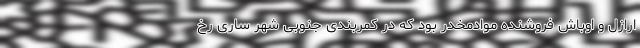
ارازل و اوباش فروشنده موادمخدر بود که در کمربندی جنوبی شهر ساری رخ